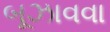
બૂઝાવવા